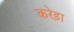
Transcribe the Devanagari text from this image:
करेड़ा